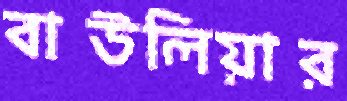
বাউলিয়ার